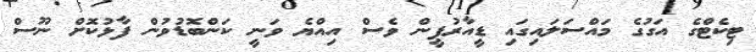
ޓިކެޓްގެ އަގުގެ މައްސަލައިގައި ޑީއާރުޕީން ވެސް އިއްޔެ ވަނީ ކަންބޮޑުވުން ފާޅުކޮށް ނޫސް